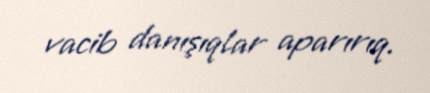
vacib danışıqlar aparırıq.